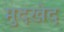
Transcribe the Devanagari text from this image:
मुदखेद